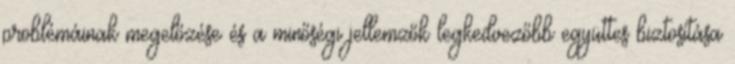
problémáinak megelőzése és a minőségi jellemzők legkedvezőbb együttes biztosítása